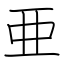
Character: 亜